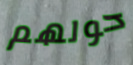
حولهم